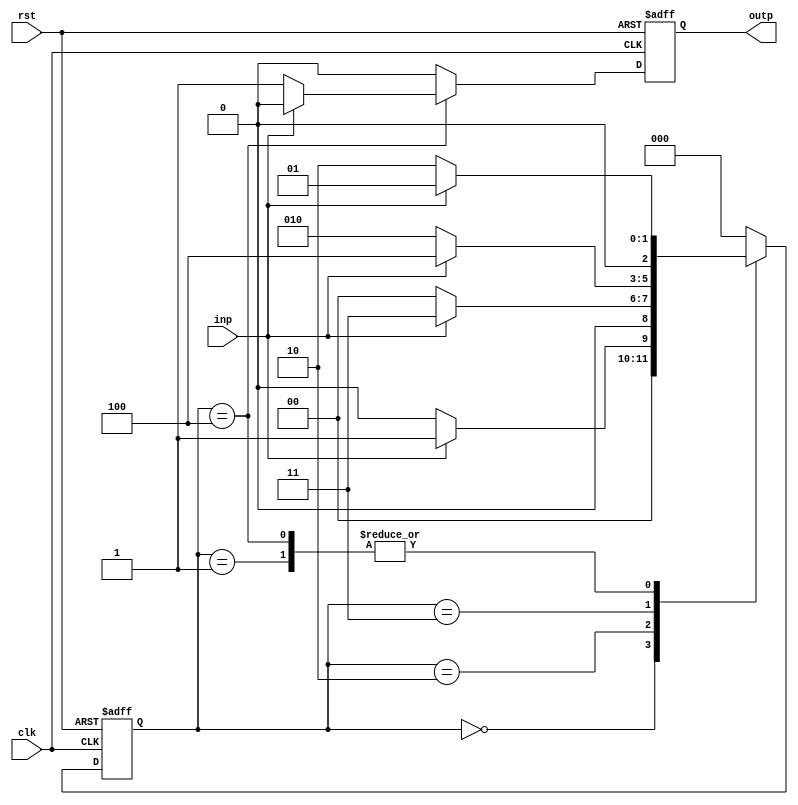
module seq_detector(clk, rst, inp, outp);
input clk, rst, inp;
output outp;
reg [2:0] state;
reg outp;
always @(posedge clk, posedge rst ) begin
if( rst ) begin
state <= 3'b000;
outp <= 0;
end
else begin
case( state )
3'b000: begin
if( inp ) begin
state <= 3'b001;
outp <= 0;
end 
else begin
state <= 3'b000;
outp <= 0;
end
end
3'b001: begin
if( inp ) begin
state <= 3'b001;
outp <= 0;
end
else begin
state <= 3'b010;
outp <= 0;
end
end
3'b010: begin
if( inp ) begin
state <= 3'b011;
outp <= 0;
end
else begin
state <= 3'b000;
outp <= 0;
end
end

3'b011: begin
if( inp ) begin
state <= 3'b100;
outp <= 0;
end
else begin
state <= 3'b010;
outp <= 0;
end
end

3'b100: begin
if( inp ) begin
state <= 3'b001;
outp <= 0;
end
else begin
state <= 3'b010;
outp <= 1;
end
end


default: begin
state <= 3'b000;
outp <= 0;
end
endcase
end
end
endmodule